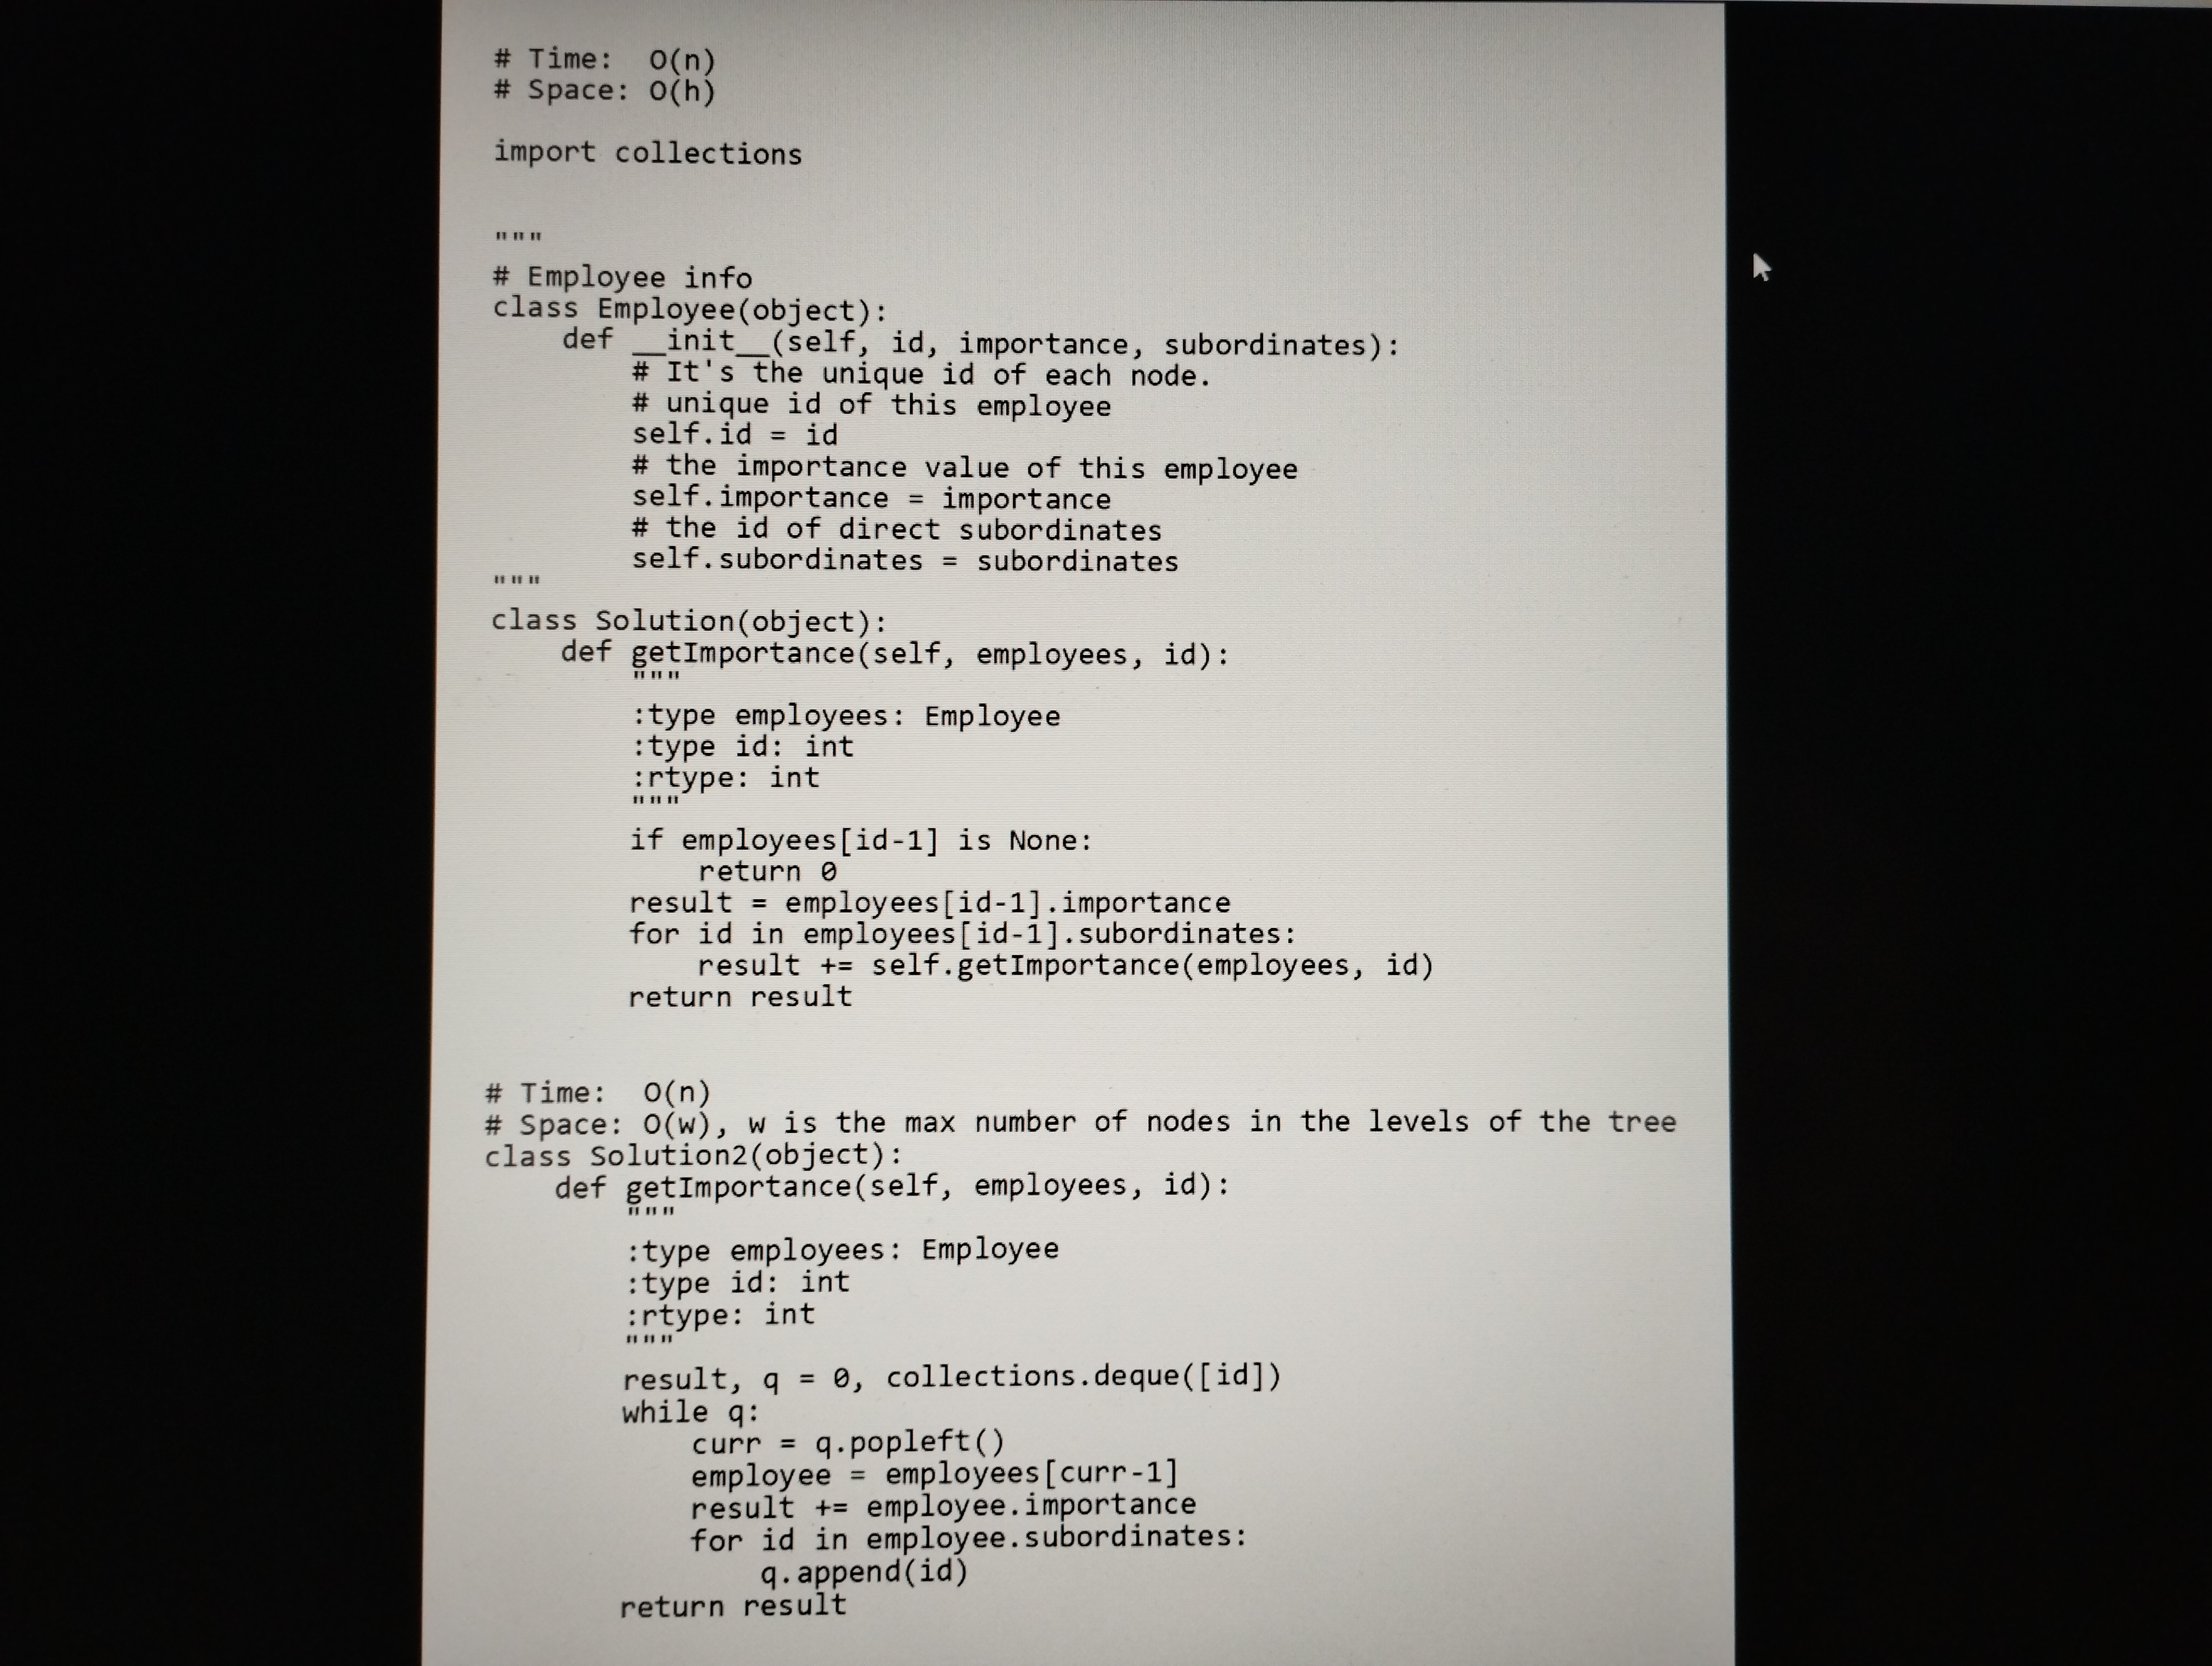
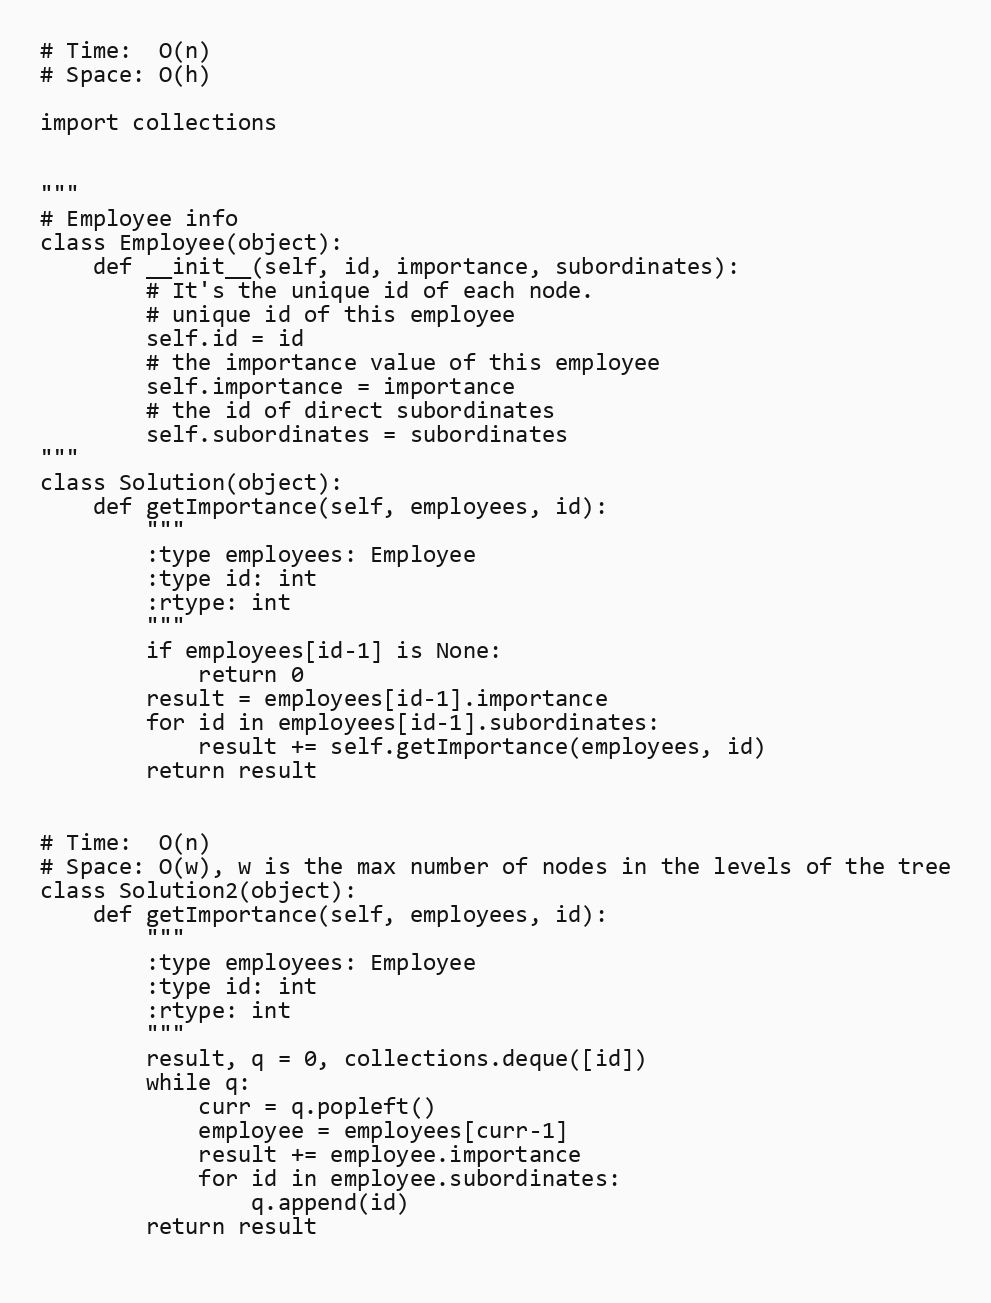
# Time:  O(n)
# Space: O(h)

import collections

"""
# Employee info
class Employee(object):
    def __init__(self, id, importance, subordinates):
        # It's the unique id of each node.
        # unique id of this employee
        self.id = id
        # the importance value of this employee
        self.importance = importance
        # the id of direct subordinates
        self.subordinates = subordinates
"""
class Solution(object):
    def getImportance(self, employees, id):
        """
        :type employees: Employee
        :type id: int
        :rtype: int
        """
        if employees[id-1] is None:
            return 0
        result = employees[id-1].importance
        for id in employees[id-1].subordinates:
            result += self.getImportance(employees, id)
        return result

# Time:  O(n)
# Space: O(w), w is the max number of nodes in the levels of the tree
class Solution2(object):
    def getImportance(self, employees, id):
        """
        :type employees: Employee
        :type id: int
        :rtype: int
        """
        result, q = 0, collections.deque([id])
        while q:
            curr = q.popleft()
            employee = employees[curr-1]
            result += employee.importance
            for id in employee.subordinates:
                q.append(id)
        return result